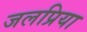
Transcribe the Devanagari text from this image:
जलप्रिया